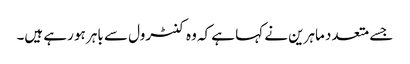
جسے متعدد ماہرین نے کہا ہے کہ وہ کنٹرول سے باہر ہو رہے ہیں۔